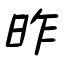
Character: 昨